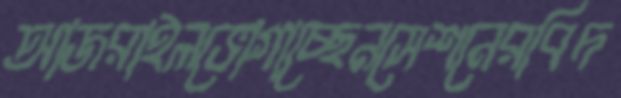
আজরাইলভোগাচ্ছেনসেশনেরবিদ